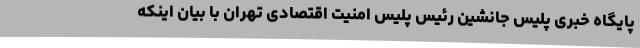
پایگاه خبری پلیس جانشین رئیس پلیس امنیت اقتصادی تهران با بیان اینکه